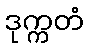
ဒုက္ကတံ